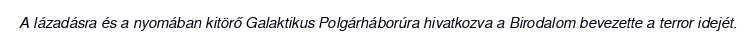
A lázadásra és a nyomában kitörő Galaktikus Polgárháborúra hivatkozva a Birodalom bevezette a terror idejét.